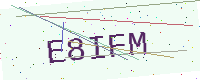
Text: E8IFM